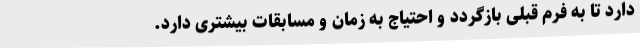
دارد تا به فرم قبلی بازگردد و احتیاج به زمان و مسابقات بیشتری دارد.